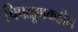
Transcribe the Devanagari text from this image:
चिपळूणकडील